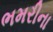
ભમરીના